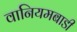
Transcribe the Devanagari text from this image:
वानियमबाडी